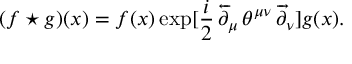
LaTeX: ( f \star g ) ( x ) = f ( x ) \exp [ \frac { i } { 2 } \, \overleftarrow { \partial } _ { \mu } \, \theta ^ { \mu \nu } \, \overrightarrow { \partial } _ { \nu } ] g ( x ) .